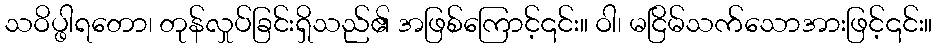
သဝိပ္ဖါရတော၊ တုန်လှုပ်ခြင်းရှိသည်၏ အဖြစ်ကြောင့်၎င်း။ ဝါ၊ မငြိမ်သက်သောအားဖြင့်၎င်း။